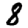
Digit: 8